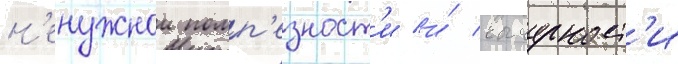
н'енужнои помп'езност'и и́ вычурност'и